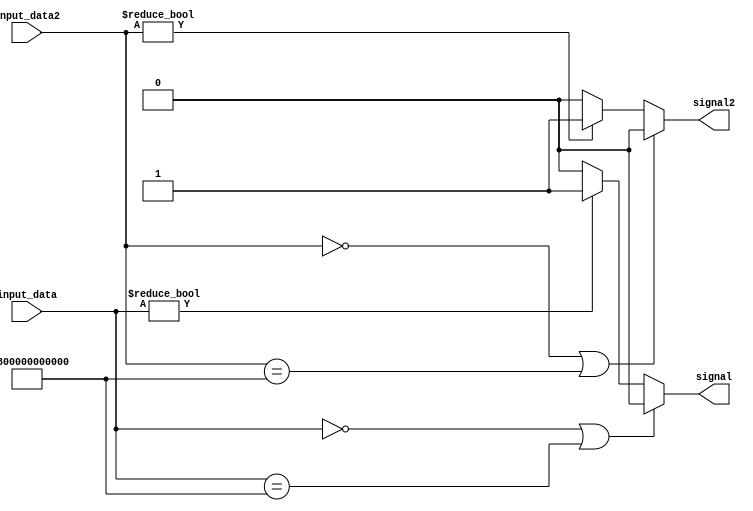
module write_enable(input_data,input_data2,signal,signal2);

input [47:0] input_data,input_data2;
output signal,signal2;

reg signal,signal2;

always@(*)
begin
	signal = 1'b0;
	if(input_data == 48'b0 || input_data == 48'h800000000000)
		signal = 1'b0;
	else if(input_data != 48'b0) 
		signal = 1'b1;
end


always@(*)
begin
	signal2 = 1'b0;
	if(input_data2 == 48'b0 || input_data2 == 48'h800000000000)
		signal2 = 1'b0;
	else if(input_data2 != 48'b0)
		signal2 = 1'b1;
end

endmodule